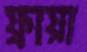
ফ্রায়া